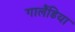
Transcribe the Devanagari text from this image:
गालैंडिया